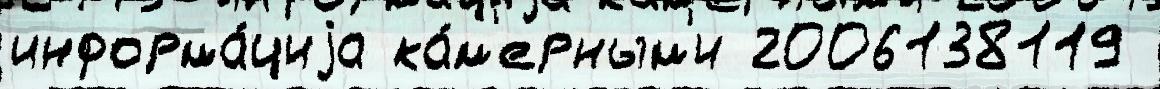
информа́циjа ка́м'ерным'и 2006138119